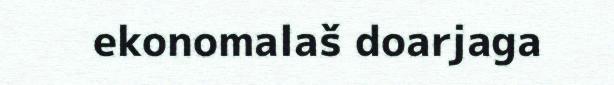
ekonomalaš doarjaga